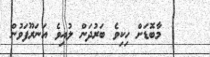
މާބޮޑަށް ހިކިވެ ބަރުދަން ލުއިވެ އަނަރޫފަވުން